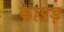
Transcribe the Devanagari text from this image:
कापड़